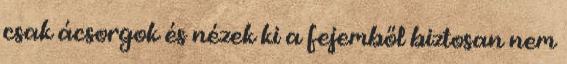
csak ácsorgok és nézek ki a fejemből biztosan nem